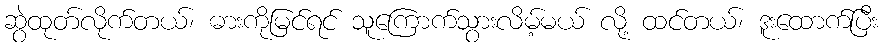
ဆွဲထုတ်လိုက်တယ်၊ ဓားကိုမြင်ရင် သူကြောက်သွားလိမ့်မယ် လို့ ထင်တယ်၊ ဒူးထောက်ပြီး